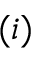
( i )